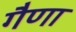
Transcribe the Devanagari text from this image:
गैणा